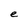
Character: e